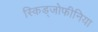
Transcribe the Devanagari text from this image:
स्किड्जोफीनिया